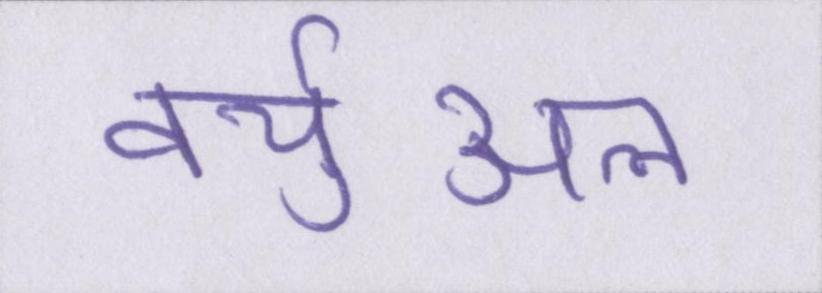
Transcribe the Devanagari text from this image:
वर्चुअल